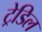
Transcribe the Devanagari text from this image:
ट्रेडिल